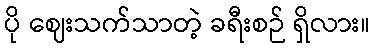
ပို ဈေးသက်သာတဲ့ ခရီးစဉ် ရှိလား။